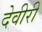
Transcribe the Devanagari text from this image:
देवीरी